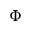
\Phi